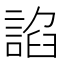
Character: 諂